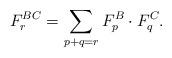
LaTeX: \begin{align*} F^{BC}_r = \sum_{p+q=r} F^B_p \cdot F^C_q.\end{align*}